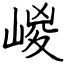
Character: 嵕